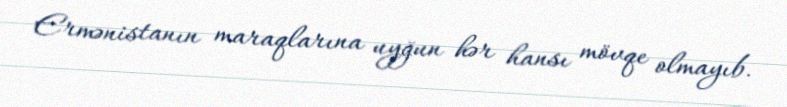
Ermənistanın maraqlarına uyğun hər hansı mövqe olmayıb.